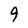
Character: 9